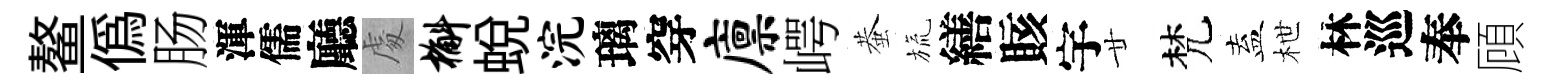
鳌偽肠渾儒廳䖏槲蛻浣璃穿廪崿蛬旒繕賅宇廿梵盍枻林巡奉頋